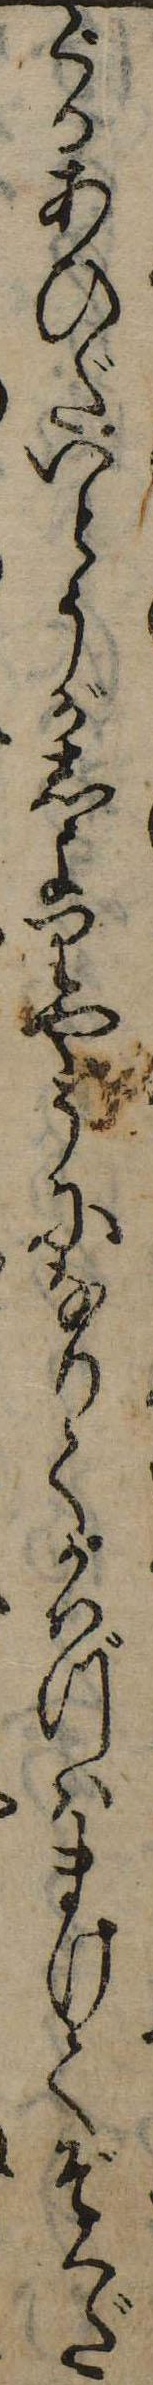
ぐるあひだいとうがしよりやうになりてかはづはまけてぞくだ